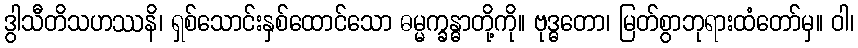
ဒွါသီတိသဟဿနိ၊ ရှစ်သောင်းနှစ်ထောင်သော ဓမ္မက္ခန္ဓာတို့ကို။ ဗုဒ္ဓတော၊ မြတ်စွာဘုရားထံတော်မှ။ ဝါ၊